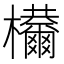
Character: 𣡋